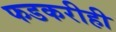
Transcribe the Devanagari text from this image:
फडकरीही